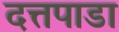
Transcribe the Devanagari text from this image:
दत्तपाडा